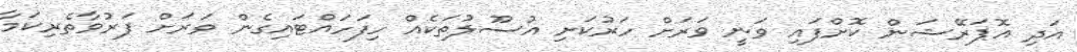
އަދި އޮޕަރޭޝަން ކޮށްފައި ވަނީ ވަރަށް ހަރުކަށި އުސޫލުތަކެއް ހިފަހައްޓައިގެން ވަރަށް ފަރުވާތެރިކަމާ